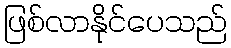
ဖြစ်လာနိုင်ပေသည်